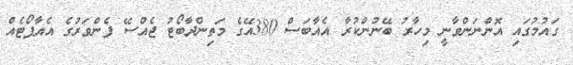
ގައުމުގައި އޮންނަންވާނީ މިހާރު ބޭނުންކުރާ އެއާބަސް 380އޭގެ މަތިންދާބޯޓު ޖެއްސޭ ފެންވަރުގެ އެއާޕޯޓެއް